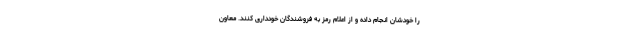
را خودشان انجام داده و از اعلام رمز به فروشندگان خودداری کنند. معاون